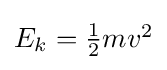
{\textstyle E_{k}={\frac {1}{2}}mv^{2}}